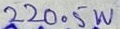
Text: 220.5W